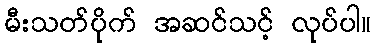
မီးသတ်ပိုက် အဆင်သင့် လုပ်ပါ။